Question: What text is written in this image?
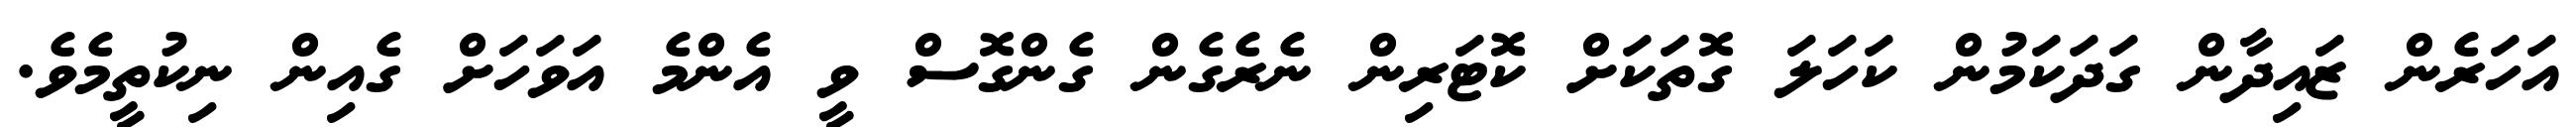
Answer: އަހަރެން ޒައިދާން ގަދަކަމުން ކަހަލަ ގޮތަކަށް ކޮޓަރިން ނެރެގެން ގެންގޮސް ވީ އެންމެ އަވަހަށް ގެއިން ނިކުތީމެވެ.